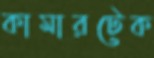
কামারটেক